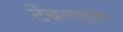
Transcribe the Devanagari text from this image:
टेंबलाईला